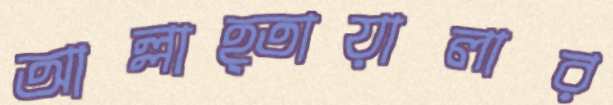
আল্লাহ্তায়ালার